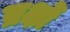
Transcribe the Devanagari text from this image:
ब्रक्षों